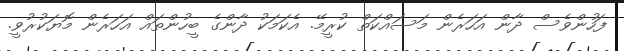
ފަހުންވެސް ދާން އަހަރެން މަސައްކަތް ކުރީމޭ. އެކަމަކު ދާންގެ ބީހުންތައް އަހަރެން މޮޔަކުރުވީ.